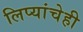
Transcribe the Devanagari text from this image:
लिप्यांचेही